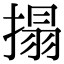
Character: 搨